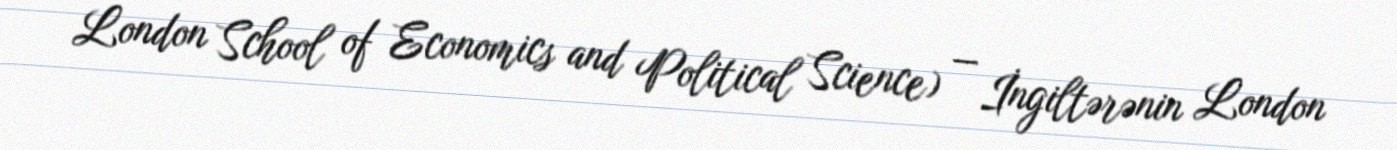
London School of Economics and Political Science) — İngiltərənin London